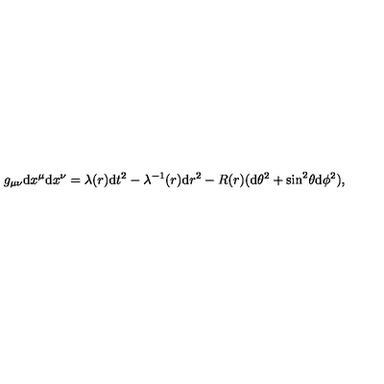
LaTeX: g _ { \mu \nu } \mathrm { d } x ^ { \mu } \mathrm { d } x ^ { \nu } = \lambda ( r ) \mathrm { d } t ^ { 2 } - \lambda ^ { - 1 } ( r ) \mathrm { d } r ^ { 2 } - R ( r ) ( \mathrm { d } \theta ^ { 2 } + \mathrm { s i n } ^ { 2 } \theta \mathrm { d } \phi ^ { 2 } ) ,